Reports on dispensaries and lunatic asylums in the Province of Oudh - 1869-1876
Year: 1869
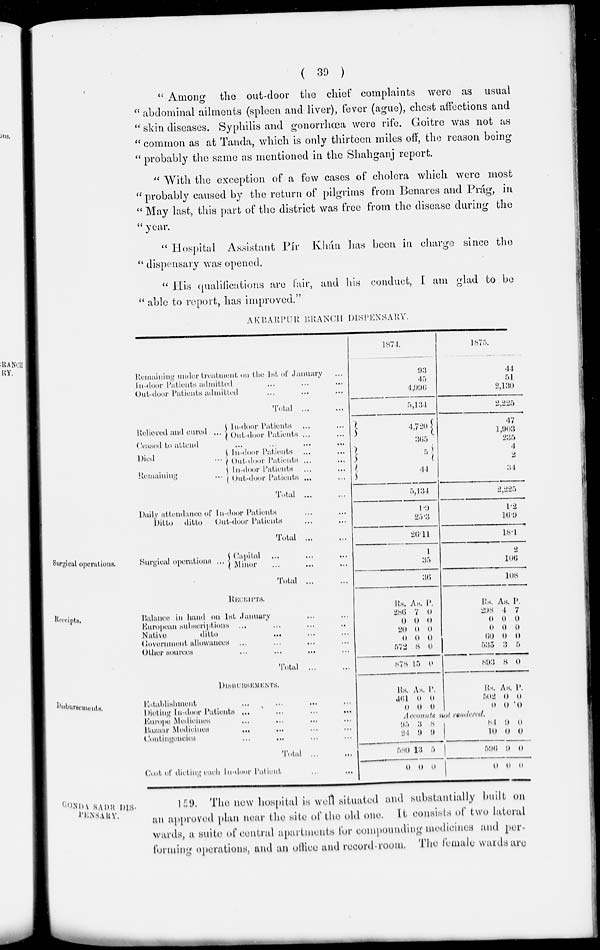
( 39 )
" Among the out-door the chief complaints were as usual
" abdominal ailments (spleen and liver), fever (ague), chest affections and
" skin diseases. Syphilis and gonorrhœa were rife. Goitre was not as
" common as at Tanda, which is only thirteen miles off, the reason being
" probably the same as mentioned in the Shahganj report.
" With the exception of a few cases of cholera which were most
" probably caused by the return of pilgrims from Benares and Prág, in
" May last, this part of the district was free from the disease during the
" year.
" Hospital Assistant Pír Khán has been in charge since the
" dispensary was opened.
" His qualifications are fair, and his conduct, I am glad to be
"able to report, has improved."
AKBARPUR BRANCH DISPENSARY.
Remaining under treatment on the 1st of January ...
In-door Patients admitted ... ... ...
Out-door Patients admitted ... ... ...
Total
...
...
1874.
93
45
4,996
5,134
1875.
44
51
2,130
2,225
Relieved and cured
In-door Patients ... ...
Out-door Patients ... ...
Ceased to attend
...
...
...
...
...
Died ...
Remaining ...
In-door Patients ... ...
Out-door
Patients ... ...
In-door Patients ... ...
Out-door Patients ... ...
Total
...
...
4,720
365
5
44
5,134
47
1,903
235
4
2
34
2,225
Daily attendance of In-door Patients ... ...
Ditto
ditto
Out-door Patients ... ...
Total
...
...
1.9
25.3
26.11
1.2
16.9
18.1
Surgical operations.
Surgical operations ...
Capital ... ... ...
Minor ... ... ...
Total ... ...
1
35
36
2
106
108
Receipts.
RECEIPTS.
Balance in hand on 1st January ... ...
European subscriptions
... ... ... ...
Native
ditto
...
...
...
Government
allowances ... ... ...
Other sources ... ... ... ...
Total
... ...
Rs.
286
0
20
0
572
878
As.
7
0
0
0
8
15
P.
0
0
0
0
0
0
Rs.
298
0
0
60
535
893
As.
4
0
0
0
3
8
P.
7
0
0
0
5
0
Disbursements.
DISBURSEMENTS.
Estalilishment ... ... ... ...
Dieting In-door Patients ...
...
...
...
Europe Medicines ... ... ... ...
Bazaar Medicines ... ... ... ...
Contingencies ... ... ... ...
Total ... ...
Cost of dieting each In-door Patient ... ...
Rs.
464
0
As.
0
0
P.
0
0
Rs.
502
0
As.
0
0
P.
0
0
Accounts not rendered.
95
24
580
0
3
9
13
0
8
9
5
0
81
10
596
0
9
0
9
0
0
0
0
0
GONDA SADR DIS-
PENSARY.
159. The new hospital is well situated and substantially built on
an approved plan near the site of the old one. It consists of two lateral
wards, a suite of central apartments for compounding medicines and per-
forming operations, and an office and record-room. The female wards are